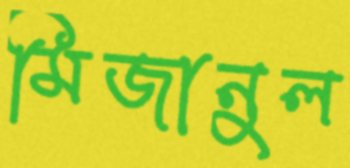
মিজানুল